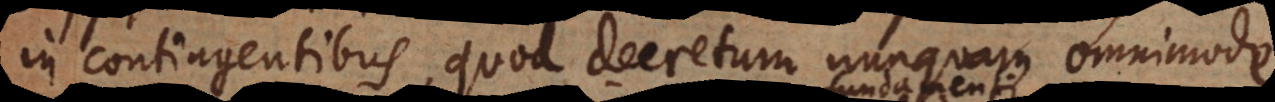
in contingentibus, quod decretum nunquam omnimode